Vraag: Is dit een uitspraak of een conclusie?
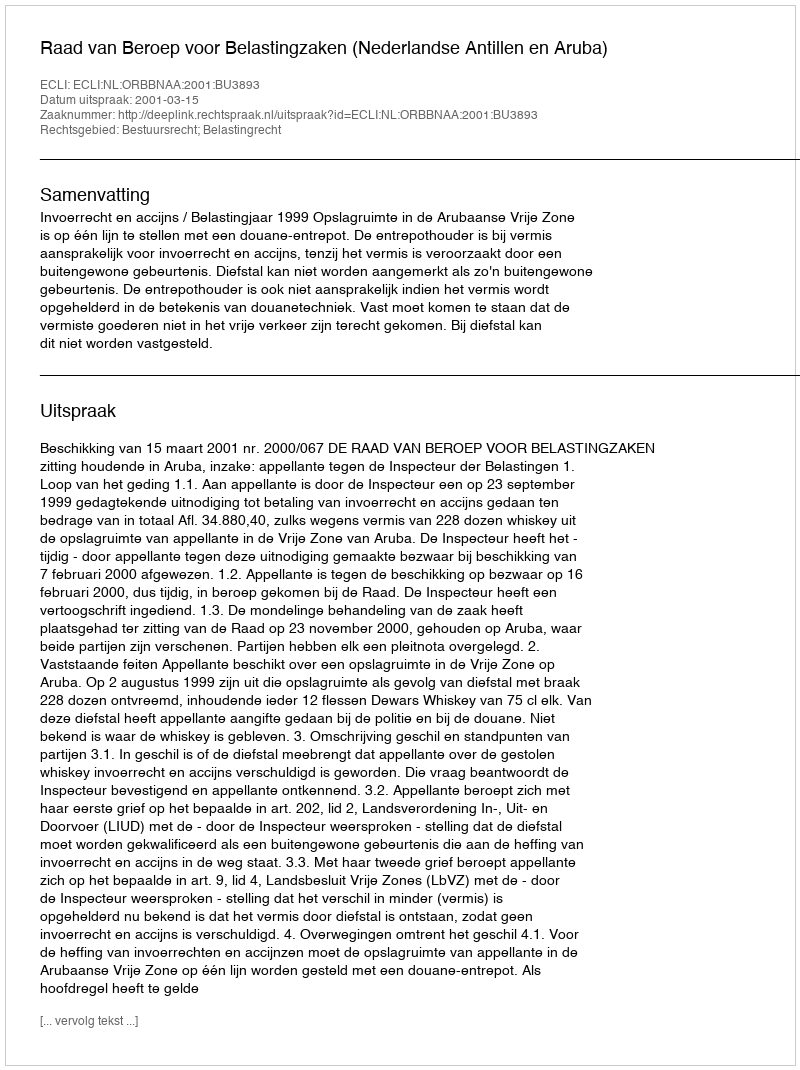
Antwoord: Uitspraak